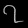
Digit: ၇